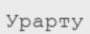
Урарту